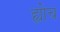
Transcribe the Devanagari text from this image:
ह्योच